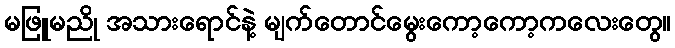
မဖြူမညို အသားရောင်နဲ့ မျက်တောင်မွေးကော့ကော့ကလေးတွေ။